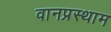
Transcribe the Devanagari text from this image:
वानप्रस्थाम